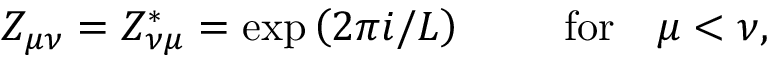
Z _ { \mu \nu } = Z _ { \nu \mu } ^ { * } = \exp \left( 2 \pi i / L \right) \mathrm { ~ ~ ~ ~ ~ ~ ~ f o r ~ ~ ~ } \mu < \nu ,